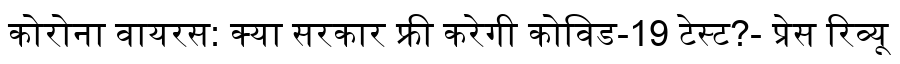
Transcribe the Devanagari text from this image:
कोरोना वायरस: क्या सरकार फ्री करेगी कोविड-19 टेस्ट?- प्रेस रिव्यू